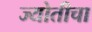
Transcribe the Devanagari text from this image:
ज्योतीचा